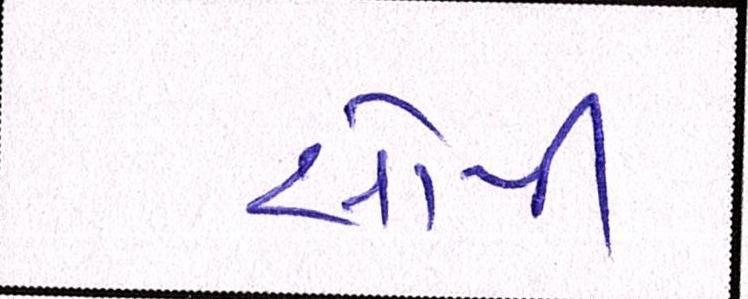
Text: સોપી